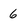
Character: 6